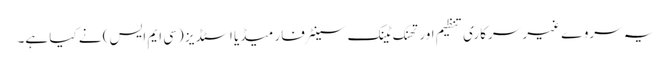
یہ سروے غیر سرکاری تنظیم اور تھنک ٹینک سینٹر فار میڈیا اسٹڈیز (سی ایم ایس) نے کیا ہے۔